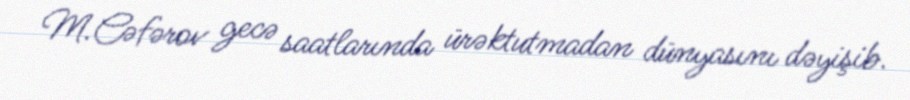
M.Cəfərov gecə saatlarında ürəktutmadan dünyasını dəyişib.